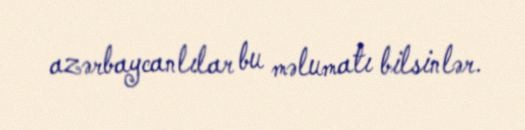
azərbaycanlılar bu məlumatı bilsinlər.